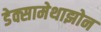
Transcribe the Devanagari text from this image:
डेक्सामेथाझोन